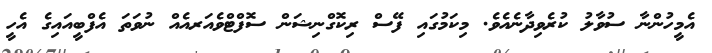
އެމީހުންނާ ސުވާލު ކުރެވިދާނެއެވެ. މިކަމުގައި ފޭސް ރިކޮގްނިޝަން ސޮފްޓްވެއަރއެއް ނުވަތަ އެފްބީއައިގެ އެހީ